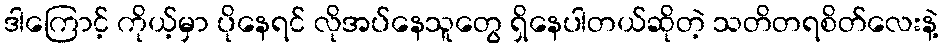
ဒါကြောင့် ကိုယ့်မှာ ပိုနေရင် လိုအပ်နေသူတွေ ရှိနေပါတယ်ဆိုတဲ့ သတိတရစိတ်လေးနဲ့